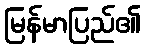
မြန်မာပြည်၏